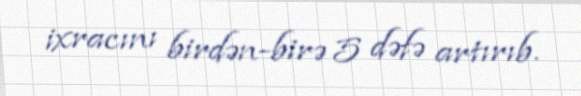
ixracını birdən-birə 5 dəfə artırıb.